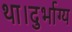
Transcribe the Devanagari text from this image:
था।दुर्भाग्य